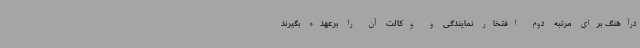
درآهنگ برای مرتبه دوم افتخار نمایندگی و وکالت آن را برعهده بگیرند